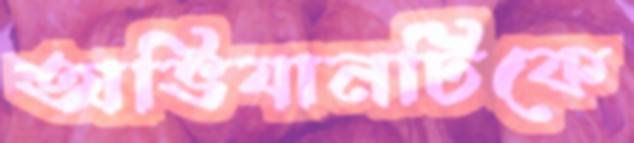
অভিযানটিকে